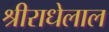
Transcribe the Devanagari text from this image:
श्रीराधेलाल